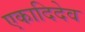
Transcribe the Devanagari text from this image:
एकादिदेव